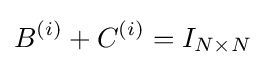
B^{(i)}+C^{(i)}=I_{N\times N}